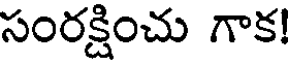
సంరక్షించు గాక!